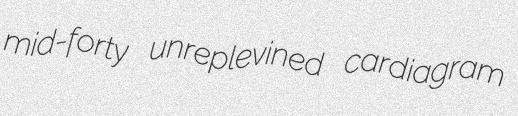
mid-forty unreplevined cardiagram